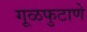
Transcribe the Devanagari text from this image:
गूळफुटाणे